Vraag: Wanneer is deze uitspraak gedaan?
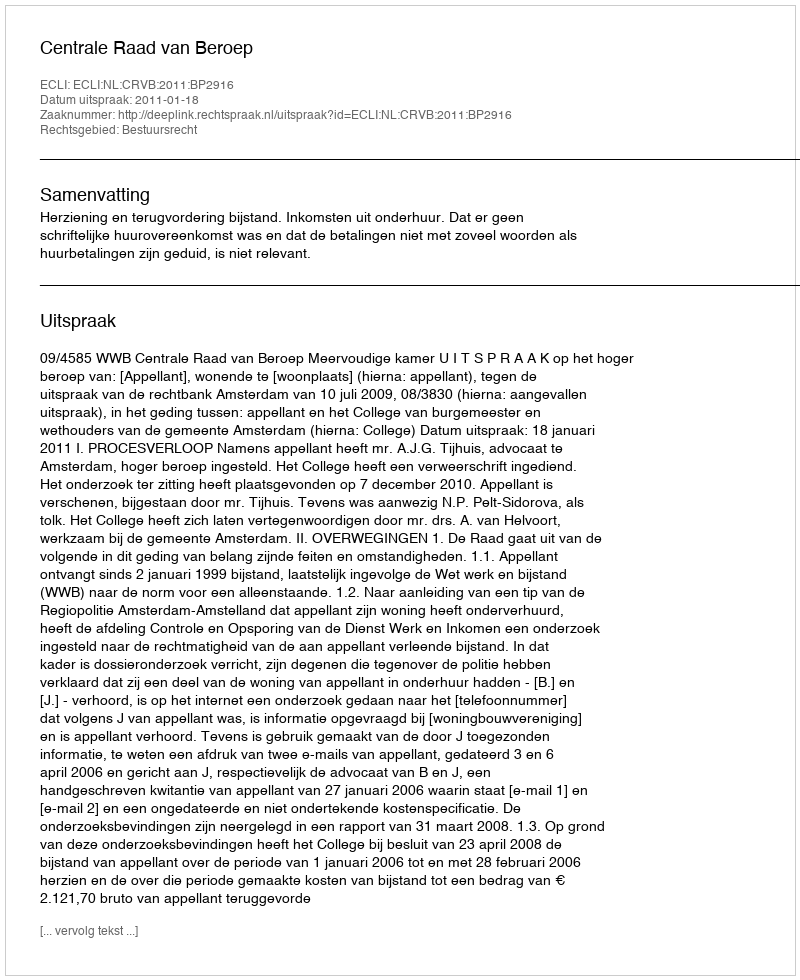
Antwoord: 2011-01-18